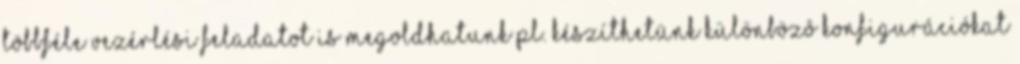
többféle vezérlési feladatot is megoldhatunk pl. készíthetünk különbözô konfigurációkat